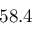
5 8 . 4